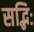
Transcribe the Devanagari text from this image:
सद्भिः